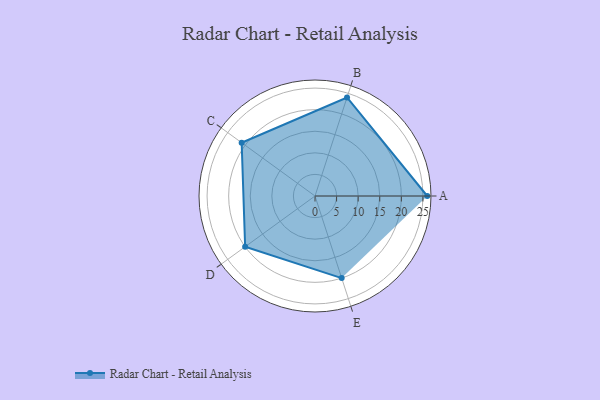
{"axis": {"x": "Skill", "y": "Score"}, "legend": ["Profile"], "data": [{"x": "A", "y": 26.0, "type": "Profile"}, {"x": "B", "y": 24.0, "type": "Profile"}, {"x": "C", "y": 21.0, "type": "Profile"}, {"x": "D", "y": 20, "type": "Profile"}, {"x": "E", "y": 20, "type": "Profile"}]}